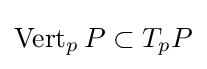
\operatorname {Vert} _{p}P\subset T_{p}P